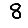
Digit: 8